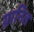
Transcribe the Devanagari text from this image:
ग्रानित